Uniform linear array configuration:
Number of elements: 24
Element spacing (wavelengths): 0.25
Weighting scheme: cosine
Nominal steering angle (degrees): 60
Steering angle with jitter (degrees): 58.86
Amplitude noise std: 0.05
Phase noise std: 0.05

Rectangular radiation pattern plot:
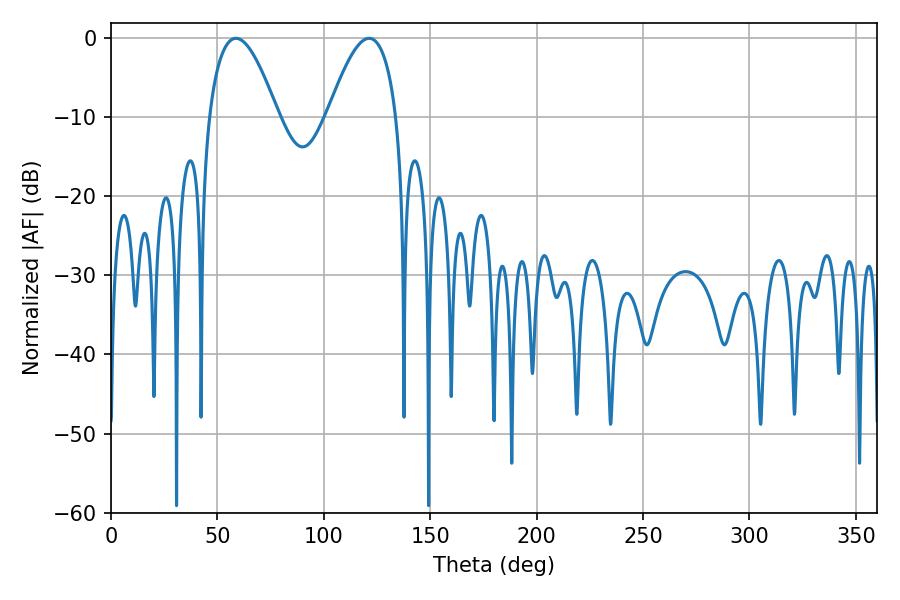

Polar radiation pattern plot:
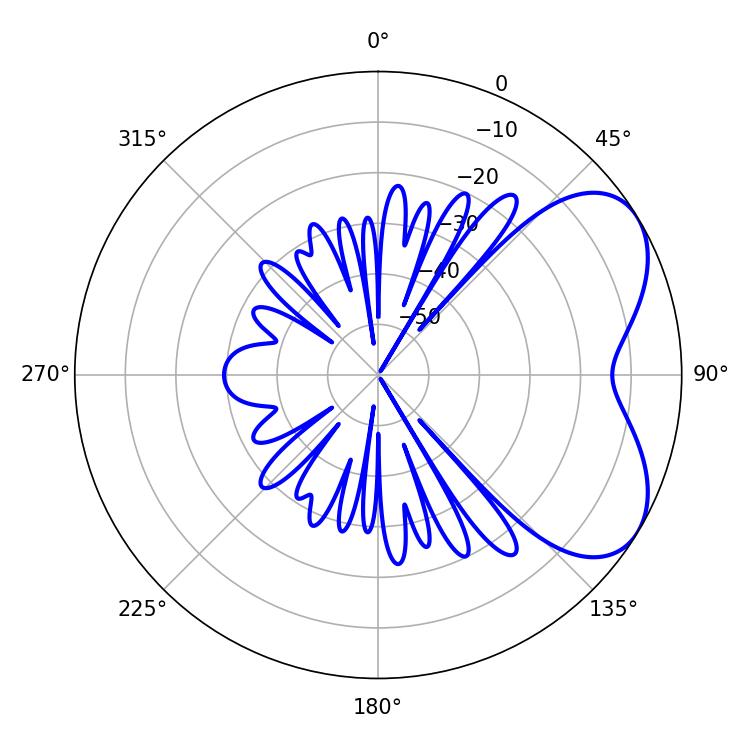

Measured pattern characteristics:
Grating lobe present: FALSE
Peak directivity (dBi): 5.296
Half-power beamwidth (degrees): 17.82
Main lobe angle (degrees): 58.68